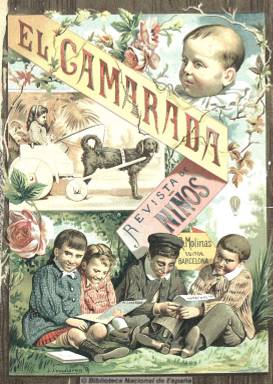
Título: El Camarada (Barcelona)
Colección: Revistas infantiles
Ámbito geográfico: Barcelona
Lugar de publicación: Barcelona
Fechas: 01/11/1887-31/10/1891

Los orígenes de la prensa educativa en España se remontan a 1789 con la “Gazeta de los Niños”, siendo los años finales del XIX los que acumularon más cabeceras. En Barcelona, si bien hubo escarceos de publicaciones de este tipo a principios de siglo, se considera al semanario “La Infancia” (1867) como el  pionero del género infantil- educativo.

“El Camarada” es otra publicación representativa de ello, editada semanalmente en Barcelona entre noviembre de 1887 y octubre de 1891 por Ramón Molinas en el Establecimiento Tipográfico de la Ilustración Ibérica y  dirigida por Alfredo Opisso.

Se publicaron en ella textos de autores importantes como Torres y Villarroel, Luis de Val, Julia Asensi, Ezequiel Solana, Giner de los Ríos etc. a base de cuentos populares de diferentes países, poesías morales y artículos de divulgación científica, con frecuencia acompañados de ilustraciones, no siempre ejecutadas expresamente para los textos, realizadas en grabado en madera o coloreadas en litografía, zincografía, etc. de artistas españoles y extranjeros como Palmer Cox o Francis Murphis.

[Descripción modificada el 24/02/2023]